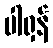
ပါရှန်